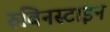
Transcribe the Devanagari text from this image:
रुबिनस्टाइन